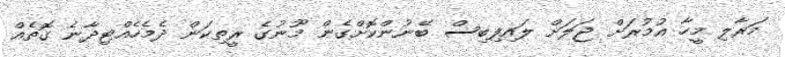
މަރާލި މީހާ އުމުރަށް ޖަލަށް ލައިފިބިސް ބޭނުންކޮށްގެން މޫނުގެ ރީތިކަން ދެމެހެއްޓިދާނެ ގޮތެއް